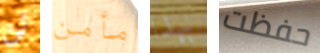
لن مأمن بهذا حفظت